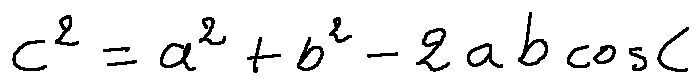
c ^ { 2 } = a ^ { 2 } + b ^ { 2 } - 2 a b \cos C